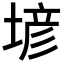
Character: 𡎑